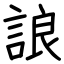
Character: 誏